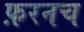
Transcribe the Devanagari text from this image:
फ़रनच